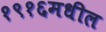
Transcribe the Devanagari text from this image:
१९१६मधील